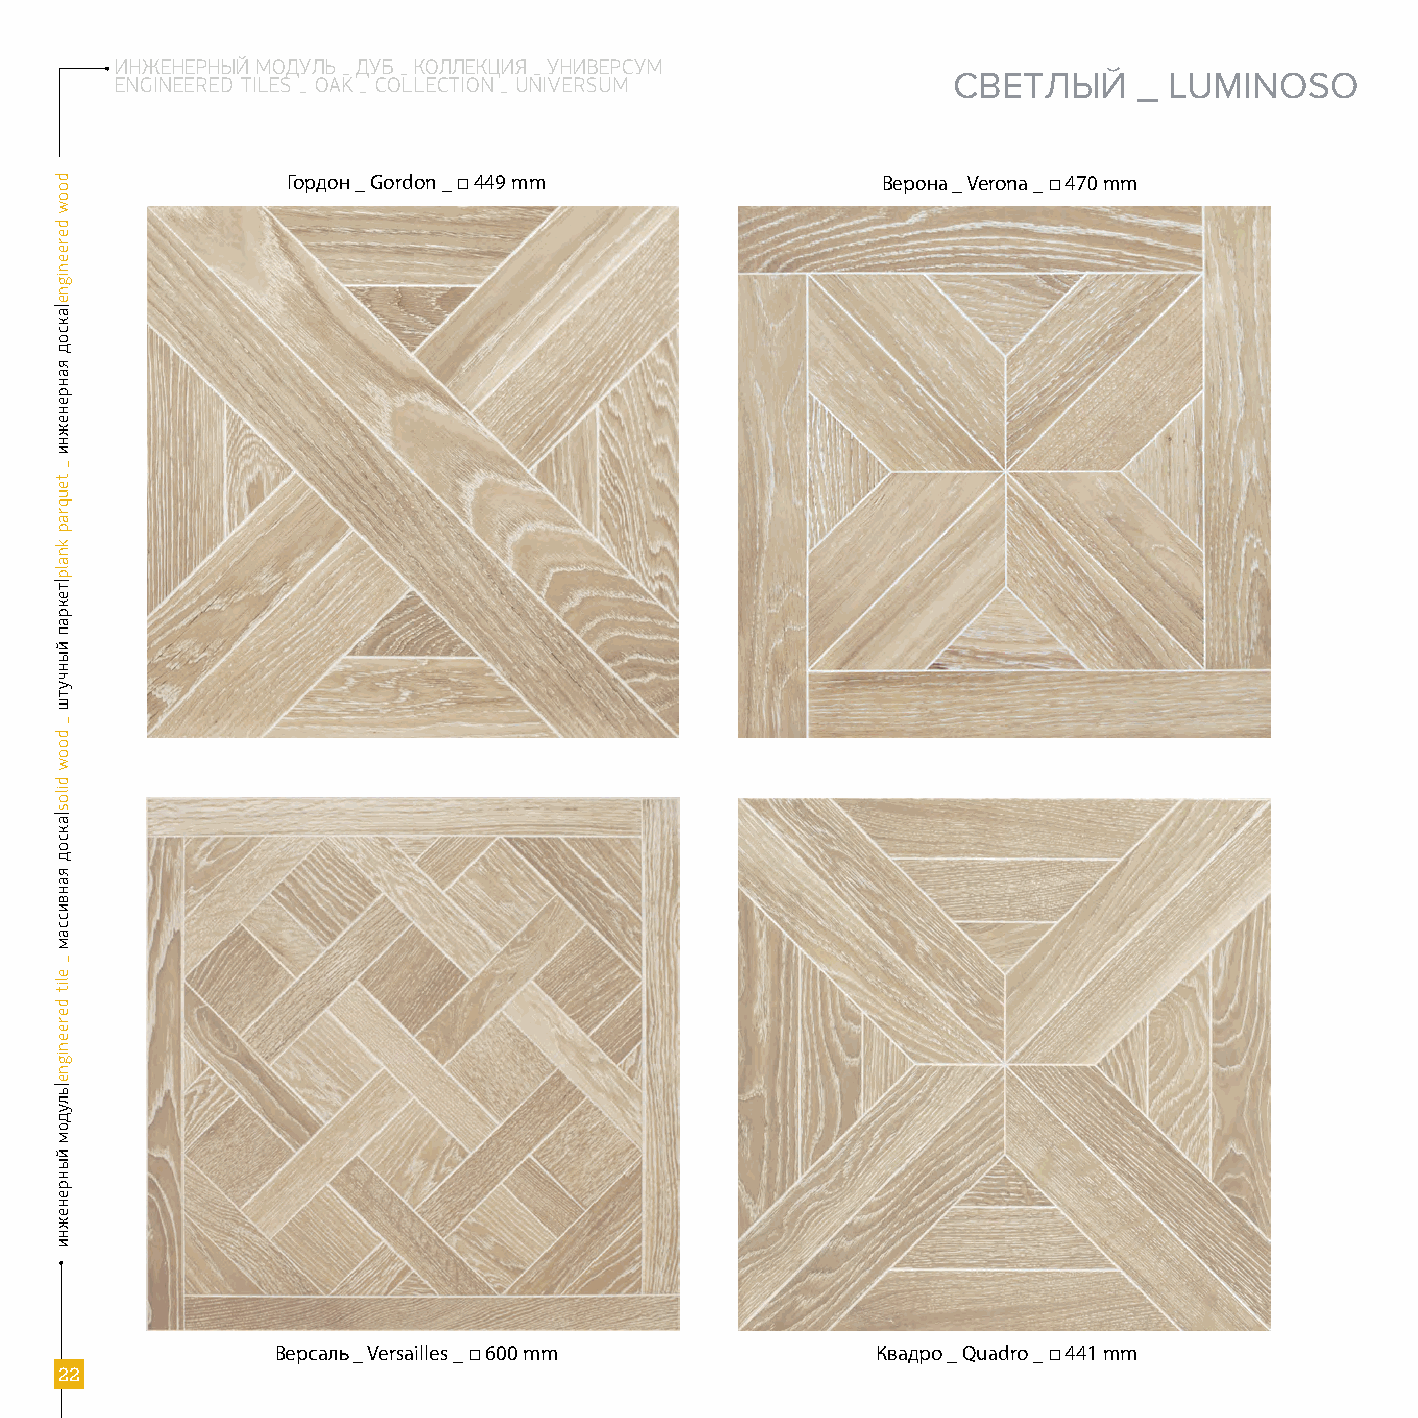
ИНЖЕНЕРНЫЙ МОДУЛЬ _ ДУБ _ КОЛЛЕКЦИЯ _ УНИВЕРСУМ
 ENGINEERED TILES _ OAK _ COLLECTION _ UNIVERSUM        СВЕТЛЫЙ     _ LUMINOSO
 Гордон _ Gordon _ □ 449 mm             Верона _ Verona _ □ 470 mm
 Версаль _ Versailles _ □ 600 mm         Квадро _ Quadro _ □ 441 mm
 22
 doow
 dereenigne|аксод
 яанренежни
 _
 teuqrap
 knalp|текрап
 йынчутш
 _
 doow
 dilos|аксод
 яанвиссам
 _
 elit
 dereenigne|ьлудом
 йынренежни